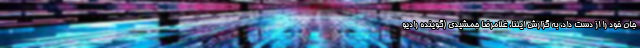
جان خود را از دست داد. به گزارش ایلنا، غلامرضا جمشیدی (گوینده رادیو